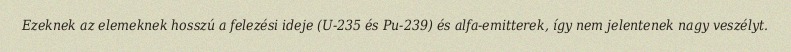
Ezeknek az elemeknek hosszú a felezési ideje (U-235 és Pu-239) és alfa-emitterek, így nem jelentenek nagy veszélyt.